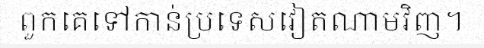
ពួកគេទៅកាន់ប្រទេសវៀតណាមវិញ។